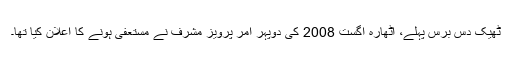
ٹھیک دس برس پہلے، اٹھارہ اگست 2008 کی دوپہر آمر پرویز مشرف نے مستعفی ہونے کا اعلان کیا تھا۔